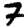
Digit: 7